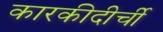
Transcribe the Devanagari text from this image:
कारकीदीर्ची